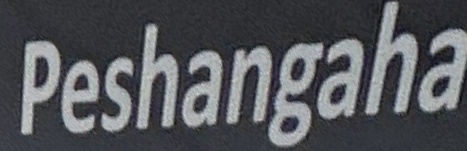
Peshangaha